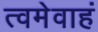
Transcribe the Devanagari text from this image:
त्वमेवाहं